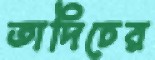
তাদিচের